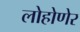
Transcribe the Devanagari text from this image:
लोहोणेर